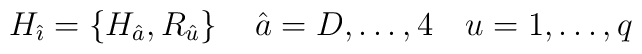
H_{\hat \imath} = \{H_{\hat a},R_{\hat u}\}\, \quad \hat a=D,\dots,4\quad u=1,\dots ,q